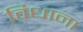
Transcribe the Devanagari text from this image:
विधाना